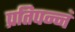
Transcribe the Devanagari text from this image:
प्रतिपन्नं